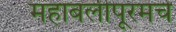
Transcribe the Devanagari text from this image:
महाबलीपूरमचे